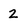
Character: 2